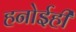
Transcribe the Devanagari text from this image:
हनोईही